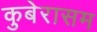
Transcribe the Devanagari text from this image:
कुबेरासम